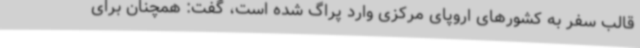
قالب سفر به کشورهای اروپای مرکزی وارد پراگ شده است، گفت‌: همچنان برای